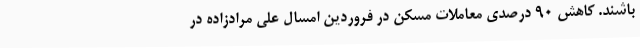
باشند. کاهش 90 درصدی معاملات مسکن در فروردین امسال علی مرادزاده در